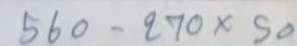
560 - 270 x 50